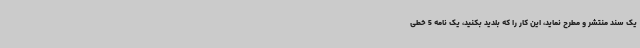
یک سند منتشر و مطرح نماید، این کار را که بلدید بکنید، یک نامه 5 خطی